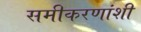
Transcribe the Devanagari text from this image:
समीकरणांशी